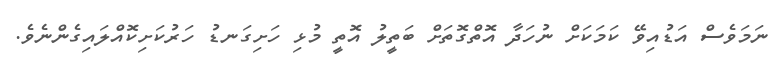
ނަމަވެސް އަޑުއިވޭ ކަމަކަށް ނުހަދާ އޮތްގޮތަށް ބަތީލު އޮތީ މުޅި ހަށިގަނޑު ހަރުކަށިކޮއްލައިގެންނެވެ.